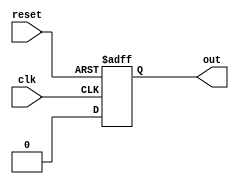
module fsm  #(parameter a0 =0,a1=1 )
(clk,reset,out);
input wire clk;
input wire reset;
//input wire in;

output reg out;







reg nextstate=a1;
always @(posedge clk or negedge reset)begin
if (reset)
begin
    out <=a0;
end
else
begin
   out <=nextstate;
end
end


  
endmodule